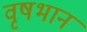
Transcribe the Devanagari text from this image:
वृषभान